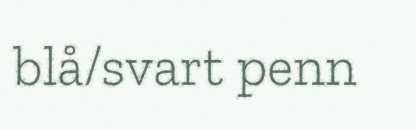
blå/svart penn